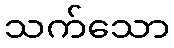
သက်သော